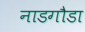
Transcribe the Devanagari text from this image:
नाडगौडा